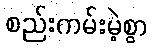
စည်းကမ်းမဲ့စွာ